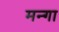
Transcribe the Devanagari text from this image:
मन्गा